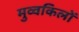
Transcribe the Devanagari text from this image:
मुव्वकिलों